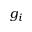
g _ { i }